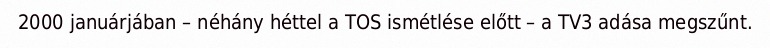
2000 januárjában – néhány héttel a TOS ismétlése előtt – a TV3 adása megszűnt.